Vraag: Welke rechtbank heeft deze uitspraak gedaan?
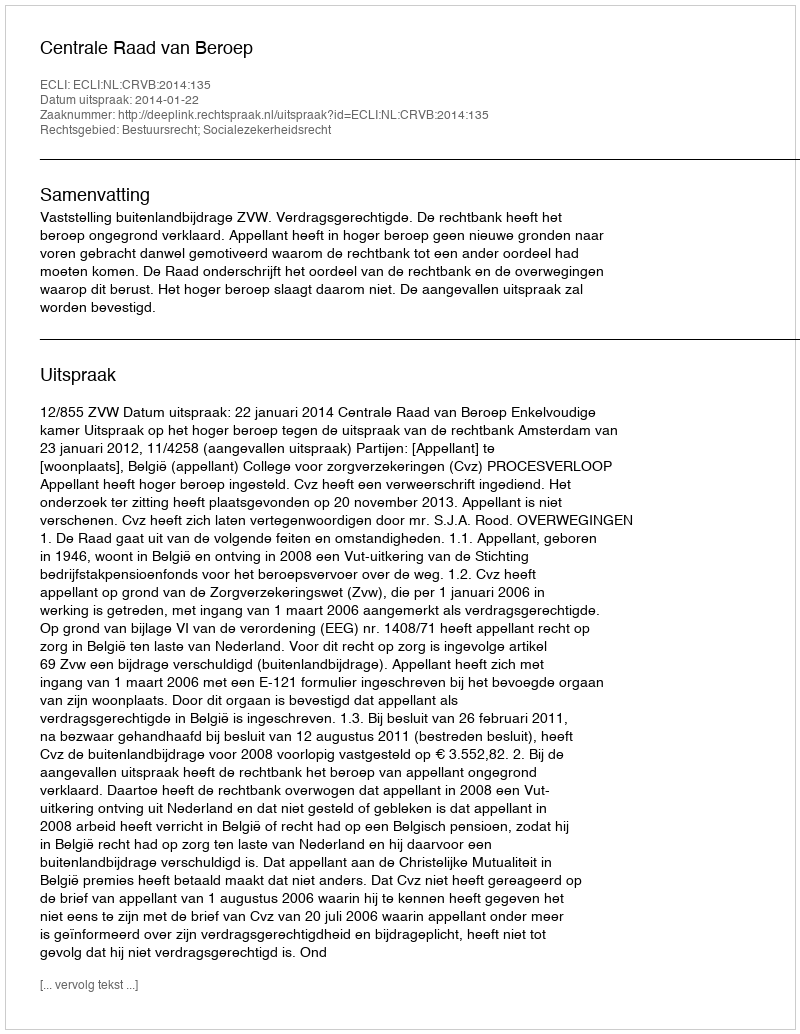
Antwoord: Centrale Raad van Beroep